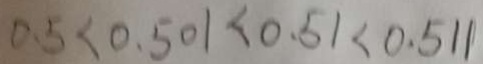
0 . 5 < 0 . 5 0 1 < 0 . 5 1 < 0 . 5 1 1